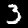
Digit: 3